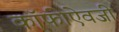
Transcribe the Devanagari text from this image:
कॉफीऐवजी